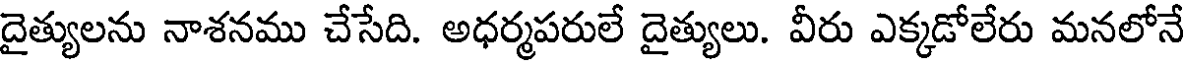
దైత్యులను నాశనము చేసేది. అధర్మపరులే దైత్యులు. వీరు ఎక్కడోలేరు మనలోనే